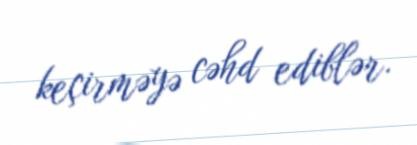
keçirməyə cəhd ediblər.